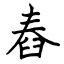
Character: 舂